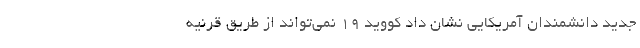
جدید دانشمندان آمریکایی نشان داد کووید ۱۹ نمی‌تواند از طریق قرنیه